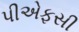
પીએફસી